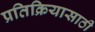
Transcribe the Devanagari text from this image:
प्रतिक्रियासाठी